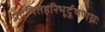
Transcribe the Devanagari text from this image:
प्रदमितहरिभूर्दूषणघ्नः